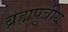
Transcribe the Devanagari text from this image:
ब्रह्मपुत्रीय